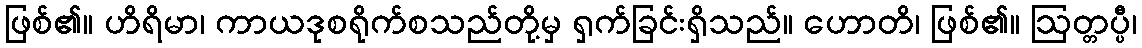
ဖြစ်၏။ ဟိရိမာ၊ ကာယဒုစရိုက်စသည်တို့မှ ရှက်ခြင်းရှိသည်။ ဟောတိ၊ ဖြစ်၏။ ဩတ္တပ္ပီ၊